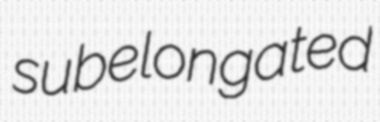
subelongated